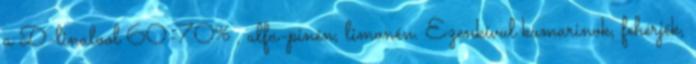
a D-linalool 60-70% , alfa-pinén, limonén. Ezenkívül kumarinok, fehérjék,